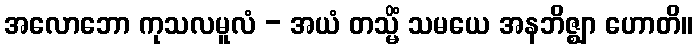
အလောဘော ကုသလမူလံ - အယံ တသ္မိံ သမယေ အနဘိဇ္ဈာ ဟောတိ။